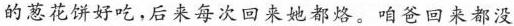
的葱花饼好吃，后来每次回来她都烙。咱爸回来都没